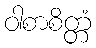
ဝါစာစိတ္တံ